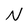
Character: N